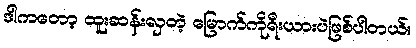
ဒါကတော့ ထူးဆန်းလှတဲ့ မြောက်ကိုရီးယားပဲဖြစ်ပါတယ်။